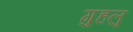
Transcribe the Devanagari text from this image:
गुहलु